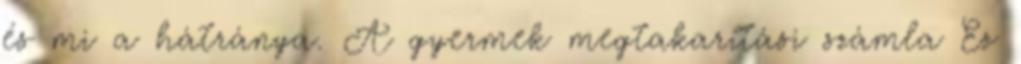
és mi a hátránya. A gyermek megtakarítási számla Ez